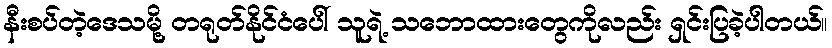
နီးစပ်တဲ့ဒေသမို့ တရုတ်နိုင်ငံပေါ် သူရဲ့ သဘောထားတွေကိုလည်း ရှင်းပြခဲ့ပါတယ်။